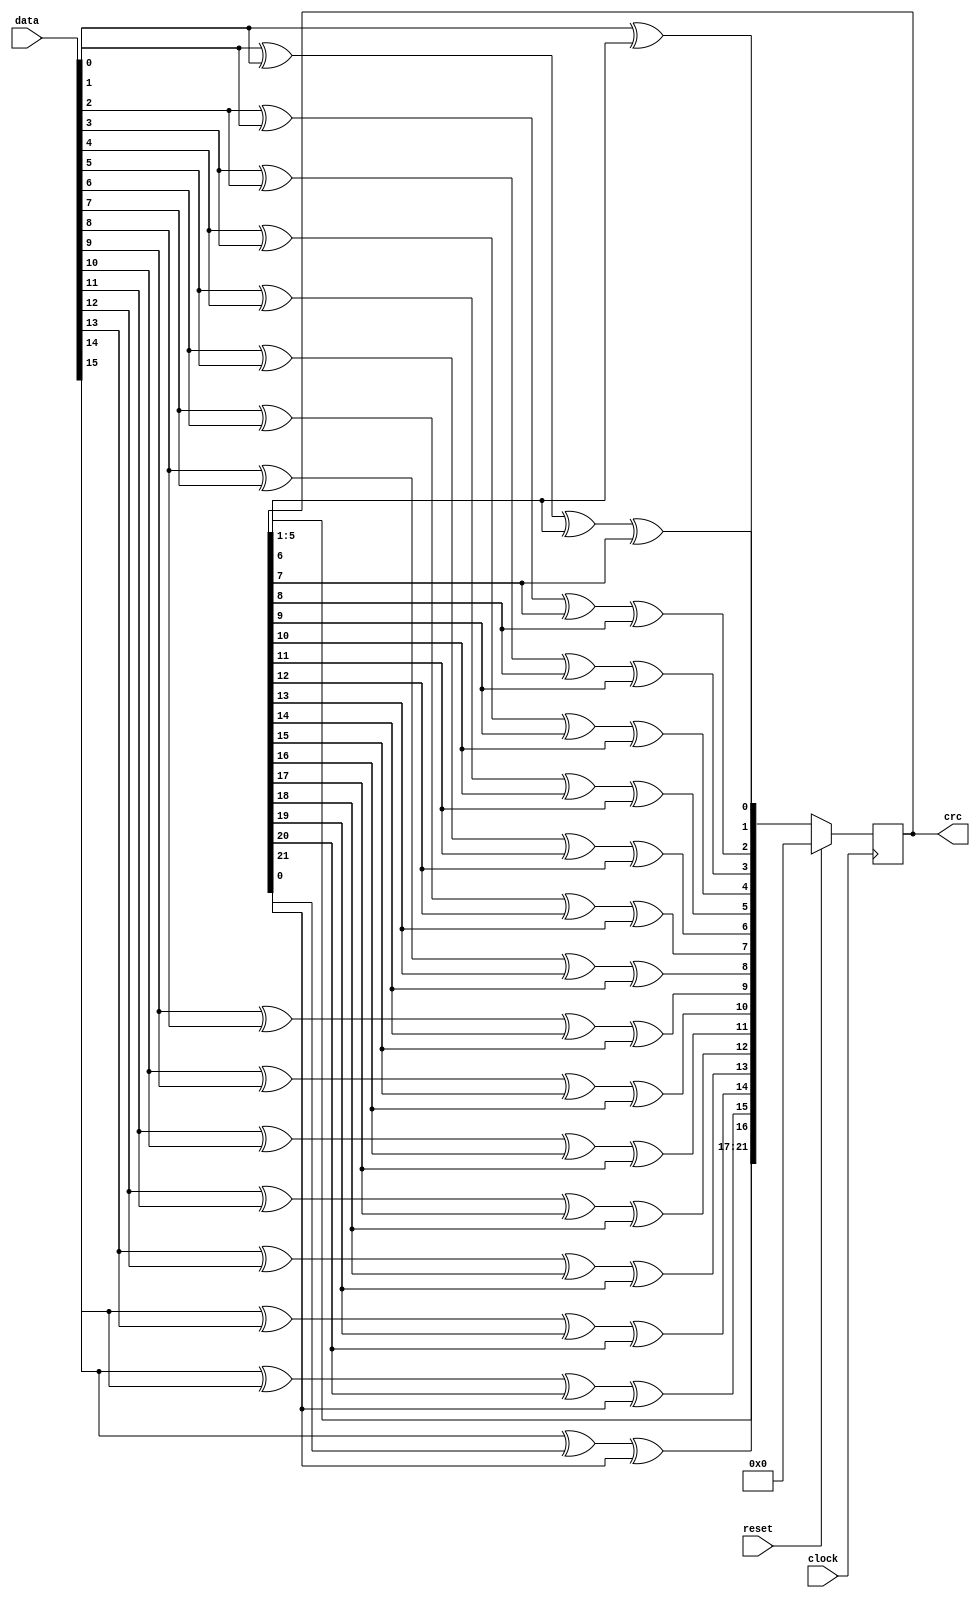
`timescale 1ns / 1ps
//-------------------------------------------------------------------------------------------------------------------
//
//	CRC-22 with 16-bit parallel loading data and synchronous reset
//	Polynomial = x22+x1+1
//
//	12/03/02 Initial
//	01/16/03 Reverse output bit order to suit OSU
//	03/19/03 Un-reverse output bits per OSU
//	07/30/04 Remove reversed bits logic, it never gets used
//	09/19/06 Mod for xst
//	04/23/09 Mod for ise 10.1i
//	07/26/10 Port to ise 12
//	10/05/10 Check non-blocking operators
//-------------------------------------------------------------------------------------------------------------------

	module crc22a (clock,data,reset,crc);

	input			clock;
	input	[15:0]	data;
	input			reset;

	output	[21:0]	crc;	

// Latch crc function result
	reg		[21:0]	crc = 0;

	always @(posedge clock) begin
	if (reset)	crc <= 0;
	else		crc	<= nextCRC22_D16(data,crc);
	end

//-------------------------------------------------------------------------------------------------------------------
//
// Purpose: Verilog module containing a synthesizable CRC function
//   * polynomial: (0 1 22)
//   * data width: 16
//   * convention: the first serial data bit is D[15]
// Info: jand@easics.be (Jan Decaluwe)
//	   http://www.easics.com
//-------------------------------------------------------------------------------------------------------------------

	function [21:0] nextCRC22_D16;

	input [15:0] Data;
	input [21:0] CRC;

	reg [15:0] D;
	reg [21:0] C;
	reg [21:0] NewCRC;

	begin
	D = Data;
	C = CRC;

	NewCRC[ 0] = D[ 0] ^ C[ 6];
	NewCRC[ 1] = D[ 1] ^ D[ 0] ^ C[ 6] ^ C[ 7];
	NewCRC[ 2] = D[ 2] ^ D[ 1] ^ C[ 7] ^ C[ 8];
	NewCRC[ 3] = D[ 3] ^ D[ 2] ^ C[ 8] ^ C[ 9];
	NewCRC[ 4] = D[ 4] ^ D[ 3] ^ C[ 9] ^ C[10];
	NewCRC[ 5] = D[ 5] ^ D[ 4] ^ C[10] ^ C[11];
	NewCRC[ 6] = D[ 6] ^ D[ 5] ^ C[11] ^ C[12];
	NewCRC[ 7] = D[ 7] ^ D[ 6] ^ C[12] ^ C[13];
	NewCRC[ 8] = D[ 8] ^ D[ 7] ^ C[13] ^ C[14];
	NewCRC[ 9] = D[ 9] ^ D[ 8] ^ C[14] ^ C[15];
	NewCRC[10] = D[10] ^ D[ 9] ^ C[15] ^ C[16];
	NewCRC[11] = D[11] ^ D[10] ^ C[16] ^ C[17];
	NewCRC[12] = D[12] ^ D[11] ^ C[17] ^ C[18];
	NewCRC[13] = D[13] ^ D[12] ^ C[18] ^ C[19];
	NewCRC[14] = D[14] ^ D[13] ^ C[19] ^ C[20];
	NewCRC[15] = D[15] ^ D[14] ^ C[20] ^ C[21];
	NewCRC[16] = D[15] ^ C[ 0] ^ C[21];
	NewCRC[17] = C[ 1];
	NewCRC[18] = C[ 2];
	NewCRC[19] = C[ 3];
	NewCRC[20] = C[ 4];
	NewCRC[21] = C[ 5];

	nextCRC22_D16 = NewCRC;
	end
	endfunction

//-------------------------------------------------------------------------------------------------------------------
	endmodule
//-------------------------------------------------------------------------------------------------------------------